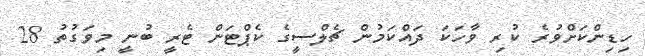
ހިޑިންކަށްވުރެ ކުރި ވާހަކަ ދައްކަމުން ޗެލްސީގެ ކެޕްޓަން ޓެރީ ބުނީ މިވަގުތު 28